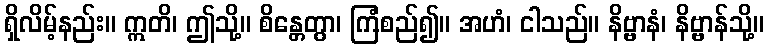
ရှိလိမ့်နည်း။ ဣတိ၊ ဤသို့။ စိန္တေတွာ၊ ကြံစည်၍။ အဟံ၊ ငါသည်။ နိဗ္ဗာနံ၊ နိဗ္ဗာန်သို့။